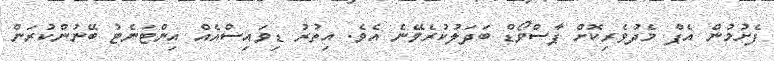
ފެށުމުން އެޕް މެދުވެރިކޮށް ޕާސްވޯޑް ބަދަލުކުރެވޭނެ އެވެ. އިތުރު ޑިވައިސްއެއް އިންޓަނެޓު ބޭނުންކުރަން